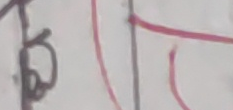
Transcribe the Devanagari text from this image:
६